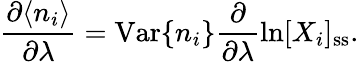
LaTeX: \frac{\partial\langle n_{i}\rangle}{\partial\lambda}=\mathrm{Var}\{ n_{i}\} \frac{\partial}{\partial\lambda}\ln[X_{i}]_{\mathrm{ss}}.